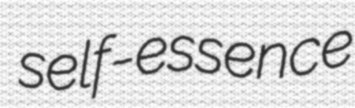
self-essence